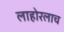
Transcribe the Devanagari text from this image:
लाहोरलाच